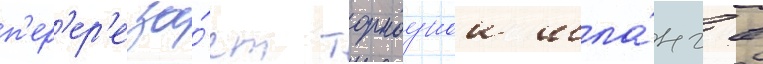
п'ер'ер'еза́ет тормознои шла́нг в